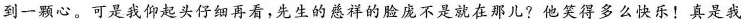
到一颗心。可是我仰起头仔细再看，先生的慈祥的脸庞不是就在那儿?他笑得多么快乐！真是我